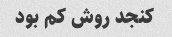
کنجد روش کم بود